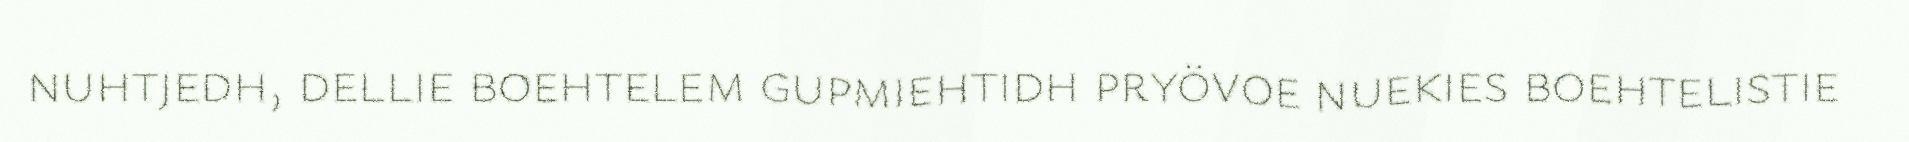
nuhtjedh, dellie boehtelem gupmiehtidh pryövoe nuekies boehtelistie